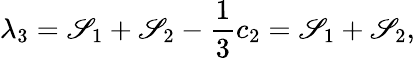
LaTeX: \lambda_{3}=\mathscr{S}_{1}+\mathscr{S}_{2}-\frac{{1}}{{3}}c_{2}=\mathscr{S}_{1}+\mathscr{S}_{2},